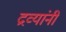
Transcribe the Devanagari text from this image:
द्रव्यांनी